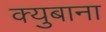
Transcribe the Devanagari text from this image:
क्युबाना